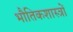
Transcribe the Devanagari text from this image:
भौतिकशास्त्रों